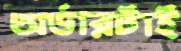
অর্ডারটাই